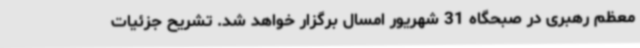
معظم رهبری در صبحگاه 31 شهریور امسال برگزار خواهد شد. تشریح جزئیات